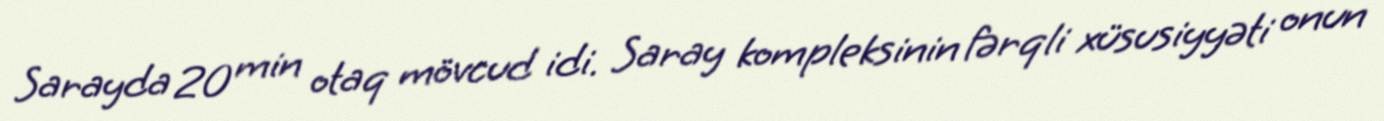
Sarayda 20 min otaq mövcud idi. Saray kompleksinin fərqli xüsusiyyəti onun